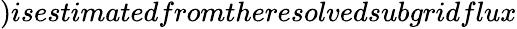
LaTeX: )isestimatedfromtheresolvedsubgridflux